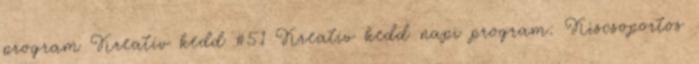
program Kreatív kedd #51 Kreatív kedd napi program: Kiscsoportos